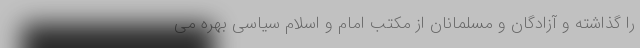
را گذاشته و آزادگان و مسلمانان از مکتب امام و اسلام سیاسی بهره می